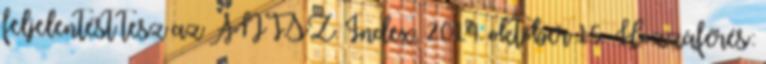
feljelentést tesz az ÁNTSZ. Index, 2014. október 15. Hozzáférés: